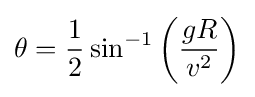
\theta ={\frac {1}{2}}\sin ^{-1}\left({\frac {gR}{v^{2}}}\right)